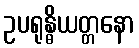
ဥပရုန္ဓိယတ္တနော